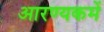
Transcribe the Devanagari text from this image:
आरण्यकमें